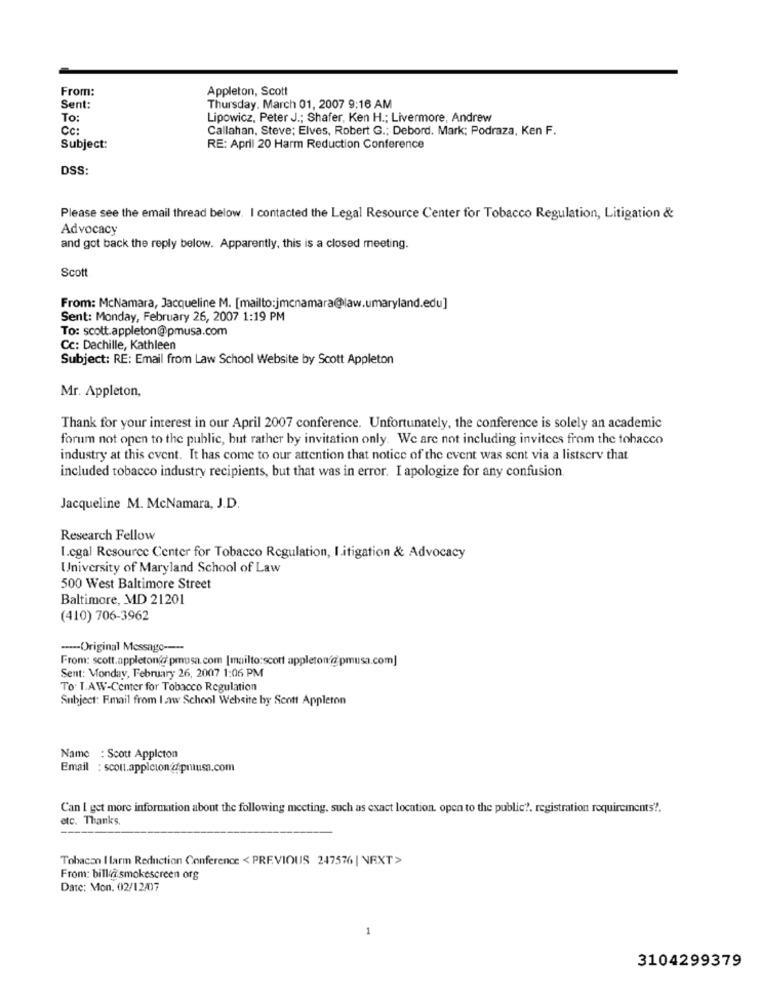
From:
Appleton, Scott
Sent:
Thursday. March 01, 2007 9:16 AM
To:
Lipowicz, Peter J .; Shafer, Ken H .; Livermore, Andrew
CC:
Callahan, Steve; Elves, Robert G .; Debord. Mark; Podraza, Ken F.
Subject:
RE: April 20 Harm Reduction Conference
DSS:
Please see the email thread below. I contacted the Legal Resource Center for Tobacco Regulation, Litigation &
Advocacy
and got back the reply below. Apparently, this is a closed meeting.
Scott
From: McNamara, Jacqueline M. [mailto:jmcnamara@law.umaryland.edu]
Sent: Monday, February 26, 2007 1:19 PM
To: scott.appleton@pmusa.com
Cc: Dachille, Kathleen
Subject: RE: Email from Law School Website by Scott Appleton
Mr. Appleton,
Thank for your interest in our April 2007 conference. Unfortunately, the conference is solely an academic
forum not open to the public, but rather by invitation only. We are not including invitees from the tobacco
industry at this event. It has come to our attention that notice of the event was sent via a listserv that
included tobacco industry recipients, but that was in error. I apologize for any confusion.
Jacqueline M. McNamara, J.D.
Research Fellow
I.cgal Resource Center for Tobacco Regulation, I.itigation & Advocacy
University of Maryland School of Law
500 West Baltimore Street
Baltimore, MD 21201
(410) 706-3962
----- Original Message ----
From: scott.appleton/d.pmusa.com [mailto:scott appleton/@pmusa.com]
Sent: Monday, February 26, 2007 1:06 PM
To. LAW-Center for Tobacco Regulation
Subject: Email from I.aw School Website by Scott Appleton
Name : Scott Appleton
Email : scott.applcion @ priusa.com
Can I get more information about the following meeting, such as exact location. open to the public ?. registration requirements ?.
etc. Thanks,
Tobacon I larm Reduction Conference < PREVIOUS 247576 | NEXT >
From: bill@ smokescreen org
Date: Mon, 02/12/0)7
3104299379